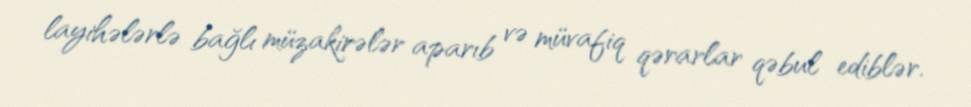
layihələrlə bağlı müzakirələr aparıb və müvafiq qərarlar qəbul ediblər.